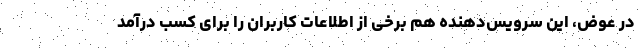
در عوض، این سرویس‌دهنده هم برخی از اطلاعات کاربران را برای کسب‌ درآمد